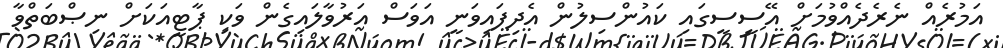
އަމުރެއް ނެރެދެއްވުމަށް އޭސީސީގައި ކައުންސިލުން އެދިފައިވަނީ އަވަސް އަރުވާލައިގެން ވަކި ޕާޓީއަކަށް ނިޞްބަތްވާ